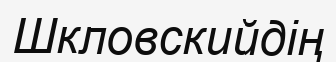
Шкловскийдің